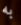
به